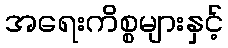
အရေးကိစ္စများနှင့်